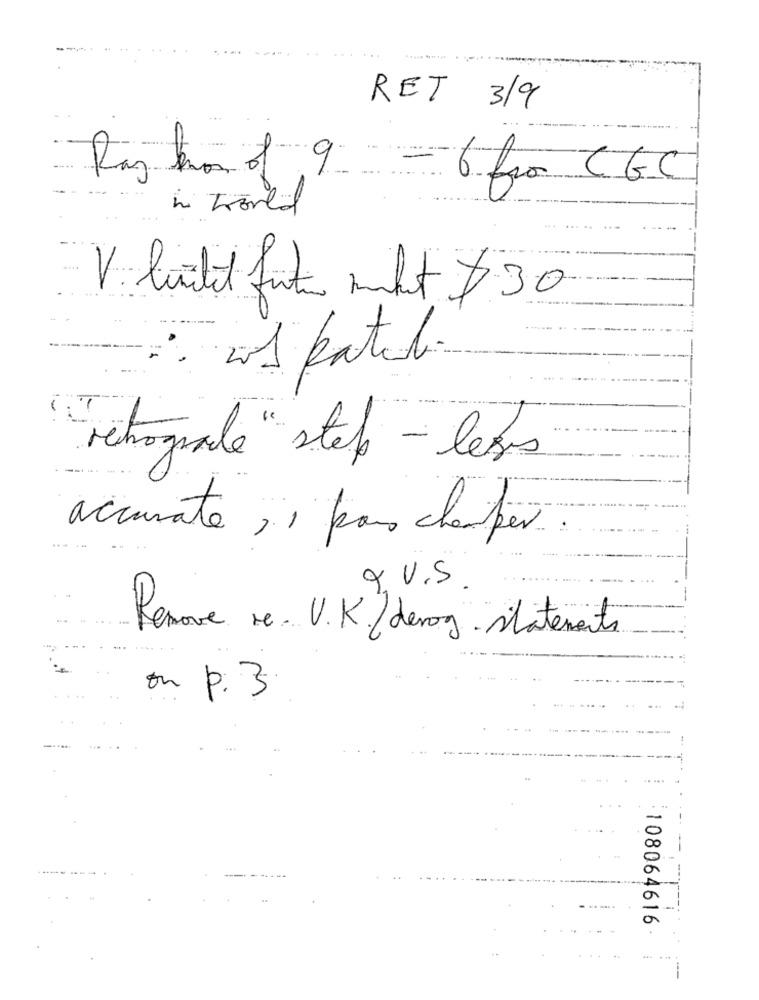
---...
RET 3/9
Ray two of 9
=6 ho CGC
V. luidit fut mht $30
: 201 katili
rétrograde" step - less
accurate , , paus champer
QU.S.
Remove re. U.K. / derog. statements
on p.3
108064616
--